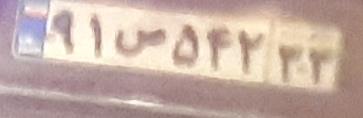
۹۱ص۵۴۲۳۳